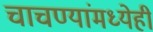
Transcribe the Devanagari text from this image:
चाचण्यांमध्येही